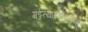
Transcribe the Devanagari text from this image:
गङ्गेत्याख्यानुगुणचरिता